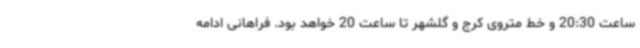
ساعت 20:30 و خط متروی کرج و گلشهر تا ساعت 20 خواهد بود. فراهانی ادامه